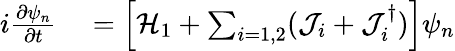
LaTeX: \begin{array}{r}{\begin{array}{rl}{i\frac{\partial\psi_{n}}{\partial t}}&{{}=\left[\mathcal{H}_{1}+\sum_{i=1,2}(\mathcal{J}_{i}+\mathcal{J}_{i}^{\dagger})\right]\psi_{n}}\end{array}}\end{array}